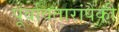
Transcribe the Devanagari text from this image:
पूर्वावतारांपैकी